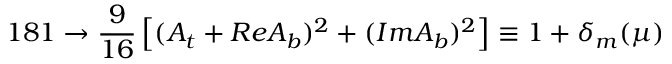
1 8 1 \rightarrow \frac { 9 } { 1 6 } \left[ ( A _ { t } + R e A _ { b } ) ^ { 2 } + ( I m A _ { b } ) ^ { 2 } \right] \equiv 1 + \delta _ { m } ( \mu )